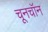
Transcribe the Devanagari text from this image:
चूनचॉन